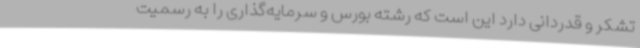
تشکر و قدردانی دارد این است که رشته بورس و سرمایه‌گذاری را به رسمیت